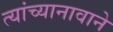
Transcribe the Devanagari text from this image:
त्यांच्यानावाने